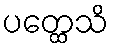
ပတ္ထေသိ